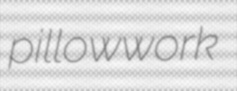
pillowwork